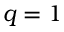
q = 1